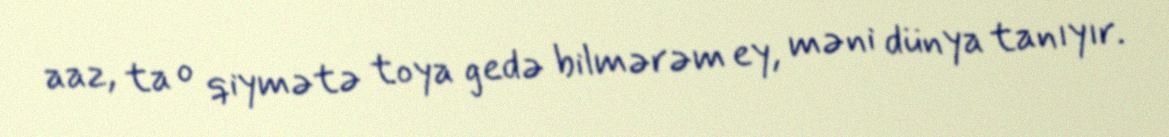
aaz, ta o qiymətə toya gedə bilmərəm ey, məni dünya tanıyır.